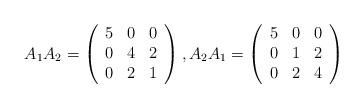
LaTeX: \begin{align*}A_1A_2=\left(\begin{array}{ccc}5&0&0\\0&4&2\\0&2&1\end{array}\right),A_2A_1=\left(\begin{array}{ccc}5&0&0\\0&1&2\\0&2&4\end{array}\right)\end{align*}